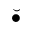
\breve { \bullet }